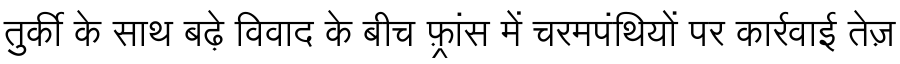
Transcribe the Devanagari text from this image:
तुर्की के साथ बढ़े विवाद के बीच फ़्रांस में चरमपंथियों पर कार्रवाई तेज़